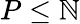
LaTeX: P\leq\mathbb{N}